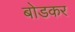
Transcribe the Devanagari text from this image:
बोडकर